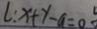
l : x + y - a = 0